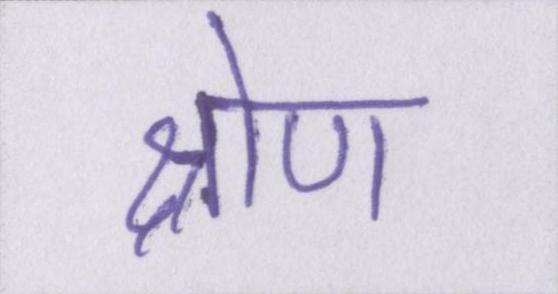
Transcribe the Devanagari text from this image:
श्रोण